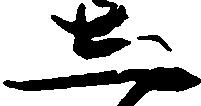
し